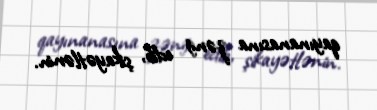
qayınanasına zəng edib, şikayətlənin.